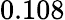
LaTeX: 0.108